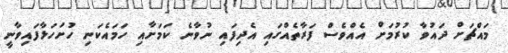
މައްޗަށް ދައުވާ ކުރުމަށް އެއްވެސް ފަރާތެއްގައި އެދިފައި ނުވާނެ ކަމަށާއި ހަމައެކަނި ހުށަހަޅާފައިވާނީ